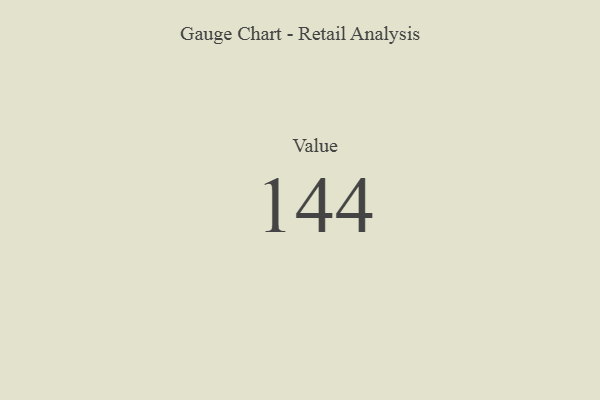
{"axis": {"x": "Metric", "y": "Value"}, "legend": [""], "data": [{"x": "Value", "y": 144, "type": ""}]}